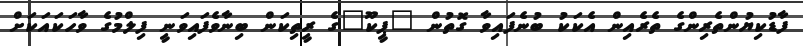
ފާޑުކިޔުންތެރިންގެ ތެރެއިން އެކަކު ބުނެފައިވާ ގޮތުން "ޕީކޫ"ގެ ރީތިކަން ބިނާވެފައިވަނީ ފިލްމުގެ ވާހަކައަކަށް